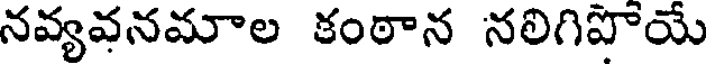
నవ్యవనమాల కంఠాన నలిగిపోయే